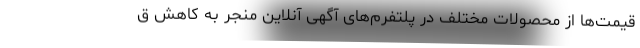
قیمت‌ها از محصولات مختلف در پلتفرم‌های آگهی آنلاین منجر به کاهش ق